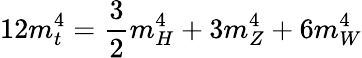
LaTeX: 12m_{t}^{4}=\frac{3}{2}m_{H}^{4}+3m_{Z}^{4}+6m_{W}^{4}